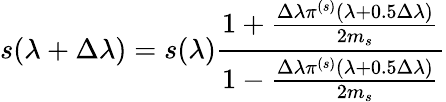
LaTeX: s(\lambda+\Delta\lambda)=s(\lambda)\frac{1+\frac{\Delta\lambda\pi^{(s)}(\lambda+0.5\Delta\lambda)}{2m_{s}}}{1-\frac{\Delta\lambda\pi^{(s)}(\lambda+0.5\Delta\lambda)}{2m_{s}}}